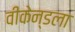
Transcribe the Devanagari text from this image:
वीकेन्डला